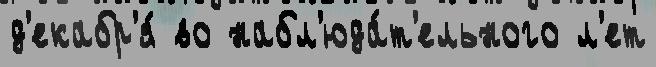
д'екабр'я́ во набл'юда́т'ельного л'ет